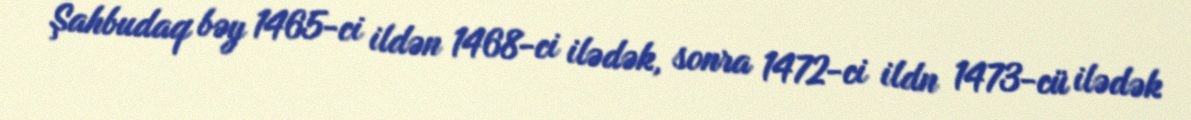
Şahbudaq bəy 1465-ci ildən 1468-ci ilədək, sonra 1472-ci ildn 1473-cü ilədək